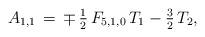
LaTeX: \begin{align*}A_{1,1}\,=\,\mp\,\tfrac{1}{2}\,F_{5,1,0}\,T_1-\tfrac{3}{2}\,T_2,\end{align*}